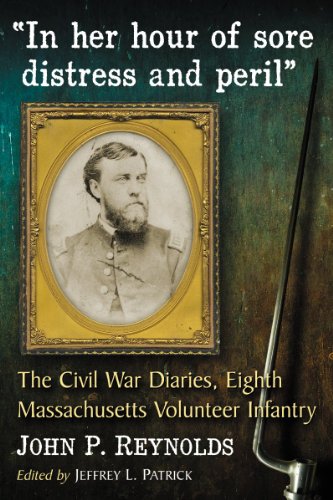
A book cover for In Her Hour of Sore Distress and Peril: The Civil War Diaries of John P. Reynolds, Eighth Massachusetts Volunteer Infantry; John P. Reynolds; Literature & Fiction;